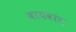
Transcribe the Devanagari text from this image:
वायवरंग